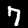
Label: 7